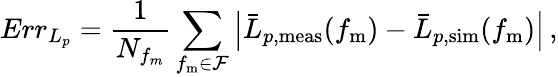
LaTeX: Err_{L_{p}}=\frac{1}{N_{f_{m}}}\sum_{f_{\mathrm{m}}\in\mathcal{F}}\left|\bar{L}_{p,\mathrm{meas}}(f_{\mathrm{m}})-\bar{L}_{p,\mathrm{sim}}(f_{\mathrm{m}})\right|\, ,